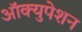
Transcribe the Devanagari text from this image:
ऑक्युपेशन